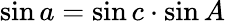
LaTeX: \sin a=\sin c\cdot\sin A